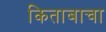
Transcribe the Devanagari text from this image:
किताबाचा